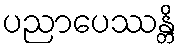
ပညာပေဿန္တိ